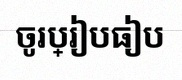
ចូរប្រៀបធៀប